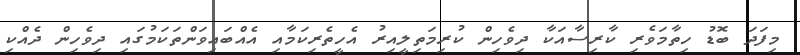
މިފަދަ ބޮޑު ހިތާމަވެރި ކާރިސާއަކާ ދިވެހިން ކުރިމަތިލީއިރު އެހީތެރިކަމާއި އެއްބައިވަންތަކަމުގައި ދިވެހިން ދެއްކި